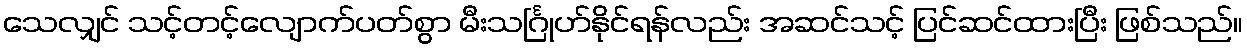
သေလျှင် သင့်တင့်လျောက်ပတ်စွာ မီးသင်္ဂြုဟ်နိုင်ရန်လည်း အဆင်သင့် ပြင်ဆင်ထားပြီး ဖြစ်သည်။